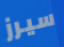
سيرز